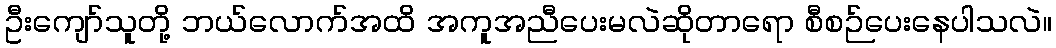
ဦးကျော်သူတို့ ဘယ်လောက်အထိ အကူအညီပေးမလဲဆိုတာရော စီစဉ်ပေးနေပါသလဲ။